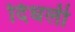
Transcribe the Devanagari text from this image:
दिधली